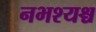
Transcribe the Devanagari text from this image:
नभश्यश्च